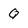
Character: Q